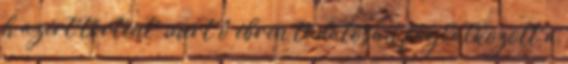
h azért történt, mert ő ébren tudatosan foglalkozott a